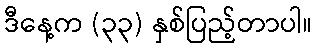
ဒီနေ့က (၃၃) နှစ်ပြည့်တာပါ။